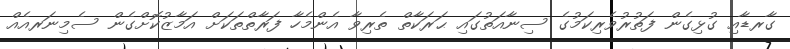
ގާރޑާއި ގުޅިގެން ފަތުރުވެރިކަމުގެ ސިނާއަތުގައި ޙަރަކާތް ތެރިވާ އެންމެހާ ފަރާތްތަކަށް އަމާޒުކޮށްގެން ސެމިނަރއެއް